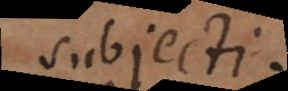
subjecti;